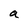
Character: a